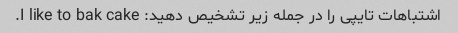
اشتباهات تایپی را در جمله زیر تشخیص دهید: I like to bak cake.